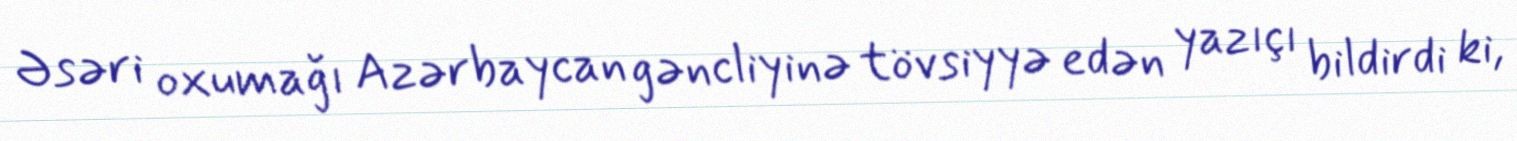
Əsəri oxumağı Azərbaycan gəncliyinə tövsiyyə edən yazıçı bildirdi ki,